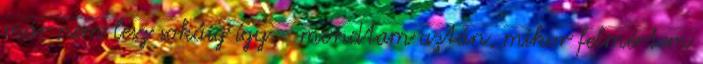
már nem lesz sokáig így.– mondtam aztán, mikor felmértem